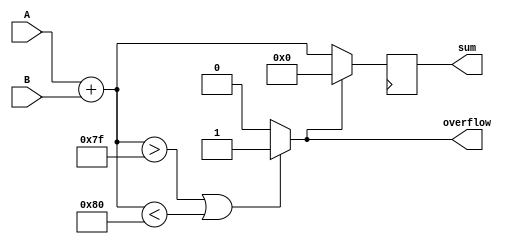
module fixed_point_adder(
  input signed [7:0] A,
  input signed [7:0] B,
  output reg signed [8:0] sum,
  output reg overflow
);

reg signed [8:0] sum_temp;

always @(*) begin
  sum_temp = A + B;
  if(sum_temp > 127 || sum_temp < -128) begin
    overflow = 1;
  end else begin
    overflow = 0;
  end
end

always @(posedge clk) begin
  if(!overflow) begin
    sum <= sum_temp;
  end else begin
    sum <= 9'd0;
  end
end

endmodule